Indian journal of veterinary science and animal husbandry - Volume 2,
Year: 1932
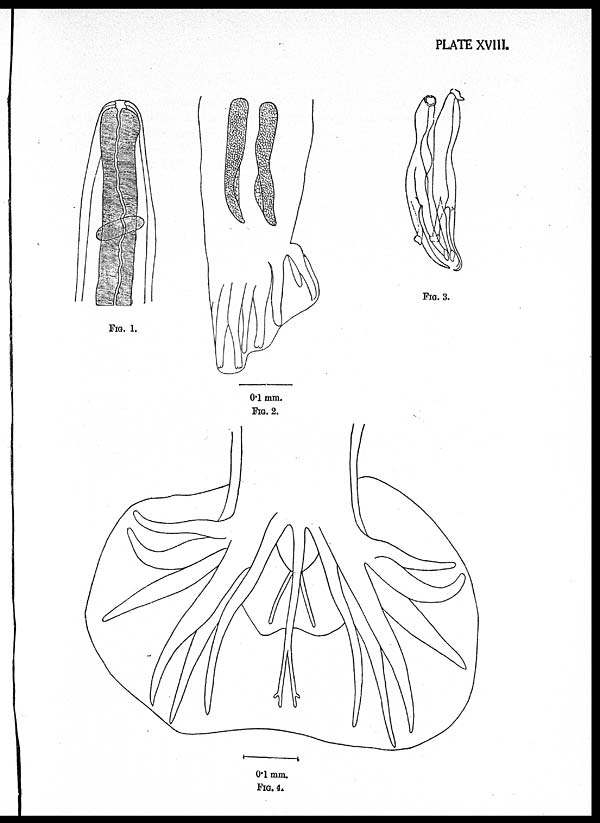
PLATE XVIII.
0.1 mm.
FIG. 2.
FIG. 3.
0.1 mm.
FIG. 4.